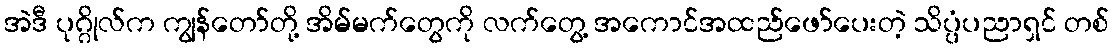
အဲဒီ ပုဂ္ဂိုလ်က ကျွန်တော်တို့ အိမ်မက်တွေကို လက်တွေ့ အကောင်အထည်ဖော်ပေးတဲ့ သိပ္ပံပညာရှင် တစ်